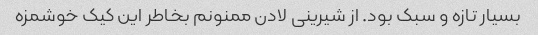
بسیار تازه و سبک بود. از شیرینی لادن ممنونم بخاطر این کیک خوشمزه